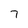
Character: 7